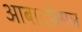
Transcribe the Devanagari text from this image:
आबादफ़ेसल